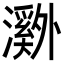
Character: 𬉝